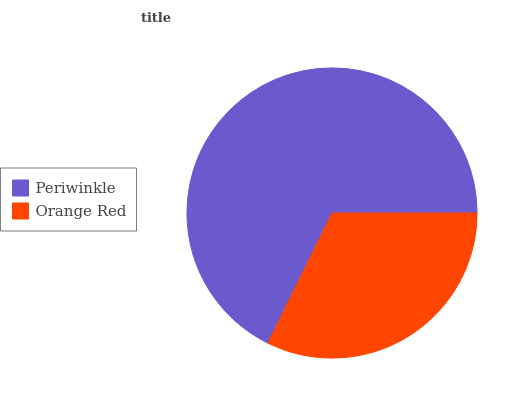
| Periwinkle | Orange Red |
 | --- | --- |
 | 67.7% | 32.3% |